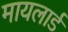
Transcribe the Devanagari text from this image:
मायलार्ड